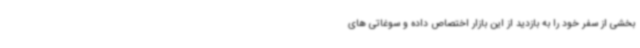
بخشی از سفر خود را به بازدید از این بازار اختصاص داده و سوغاتی های